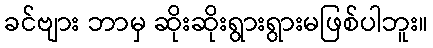
ခင်ဗျား ဘာမှ ဆိုးဆိုးရွားရွားမဖြစ်ပါဘူး။